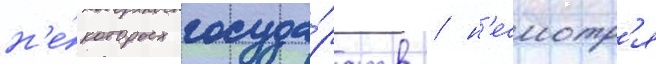
н'е́которых госуда́рств / н'есмотр'я